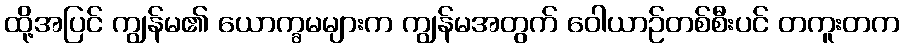
ထို့အပြင် ကျွန်မ၏ ယောက္ခမများက ကျွန်မအတွက် ဝေါယာဉ်တစ်စီးပင် တကူးတက